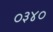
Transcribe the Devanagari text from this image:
०३४०